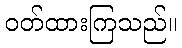
ဝတ်ထားကြသည်။